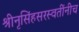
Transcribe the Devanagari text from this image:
श्रीनृसिंहसरस्वतींनीच